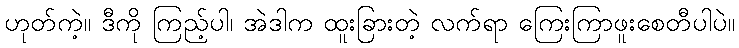
ဟုတ်ကဲ့။ ဒီကို ကြည့်ပါ၊ အဲဒါက ထူးခြားတဲ့ လက်ရာ ကြေးကြာဖူးစေတီပါပဲ။